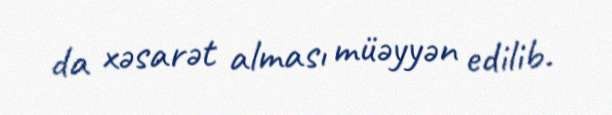
da xəsarət alması müəyyən edilib.